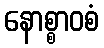
နောစ္စာဝစံ